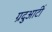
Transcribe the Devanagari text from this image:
ग्रदुआटीं